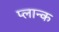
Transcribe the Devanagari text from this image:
प्लान्क